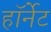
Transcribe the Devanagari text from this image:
हाॅर्नेट